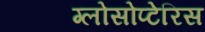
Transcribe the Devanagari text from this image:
ग्लोसोप्टेरिस